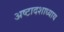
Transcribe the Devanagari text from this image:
अष्टादशाध्याय